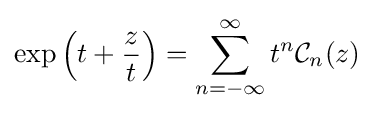
\exp \left(t+{\frac {z}{t}}\right)=\sum _{n=-\infty }^{\infty }t^{n}{\mathcal {C}}_{n}(z)